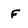
Character: f